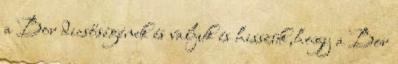
a Bor dicsőségének és valjuk és hisszük,hogy a Bor